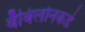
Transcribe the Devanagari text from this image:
बॅबिलोनकडे